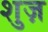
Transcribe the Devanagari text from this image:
शुज़